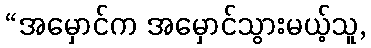
“အမှောင်က အမှောင်သွားမယ့်သူ,